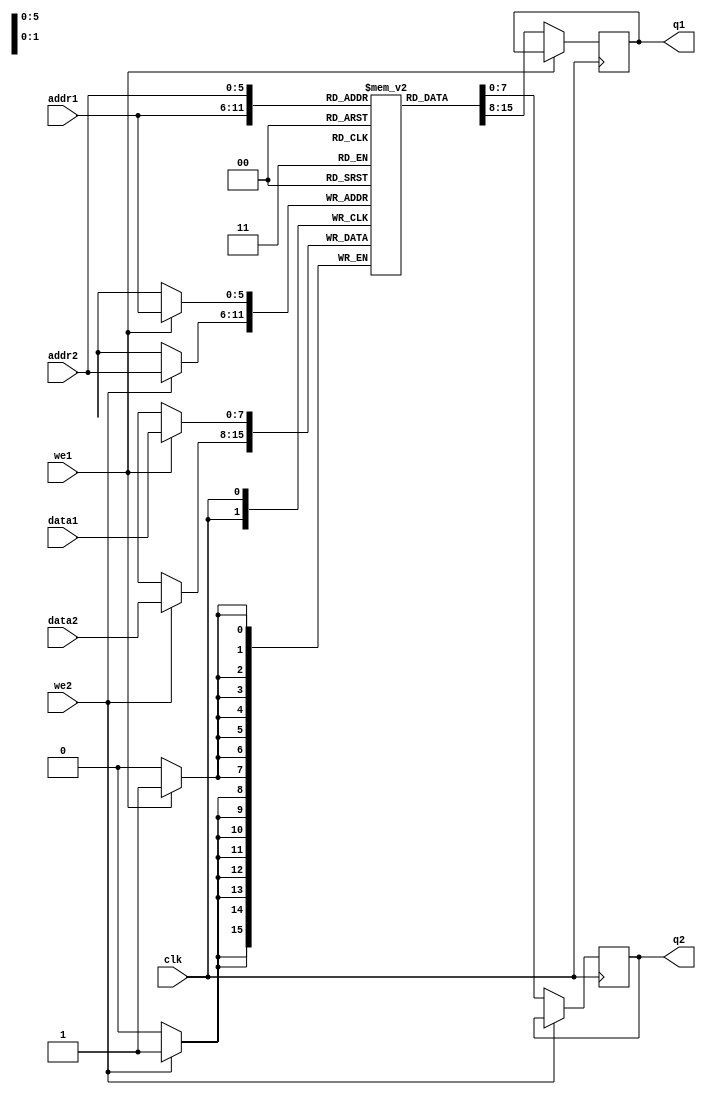
module dual_port_ram(data1,data2,addr1,addr2,we1,we2,clk,q1,q2);
input [7:0]data1,data2;
input [5:0]addr1,addr2;
input clk;
input we1,we2;
output reg [7:0] q1,q2;

reg [7:0] ram[63:0];

always @ (posedge clk)
begin
     if(we1)
	         ram[addr1]<=data1;
     if(!we1)
	         q1<=ram[addr1];
     if(we2)
	         ram[addr2]<=data2;
     if(!we2)
            	 q2<=ram[addr2];
end				
	       
endmodule